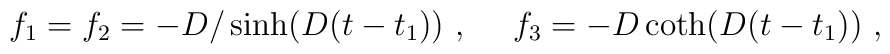
f_1=f_2 = -D / \sinh (D(t-t_1)) ~,~~~~ f_3=-D \coth (D(t-t_1)) ~,